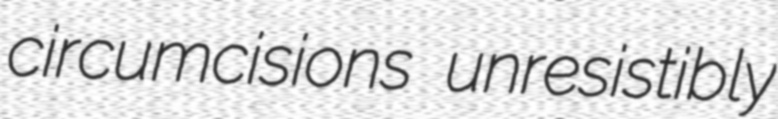
circumcisions unresistibly